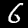
Label: 6